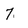
Character: 7